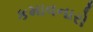
કમાવનારો